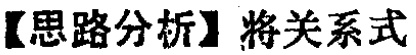
【思路分析】将关系式